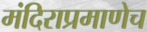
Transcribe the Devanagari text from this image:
मंदिराप्रमाणेच